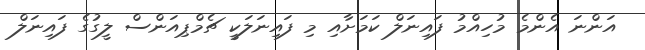
އަންނަ އެންމެ މުހިއްމު ފައިނަލް ކަމަށާއި މި ފައިނަލަކީ ޗެމްޕިއަންސް ލީގުގެ ފައިނަލް